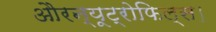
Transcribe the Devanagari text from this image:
औरन्यूट्रोफिल्स।